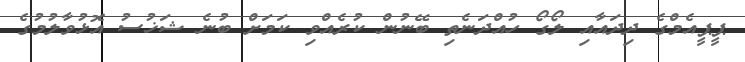
ޕީޕީއެމްގެ ދިދައާއި ލޯގޯ ހުއްދަނެތި ބޭނުން ކުރެއްވި ކަމަށް ބުނެ ޝަޚުސު އޮޅުވާލުމުގެ